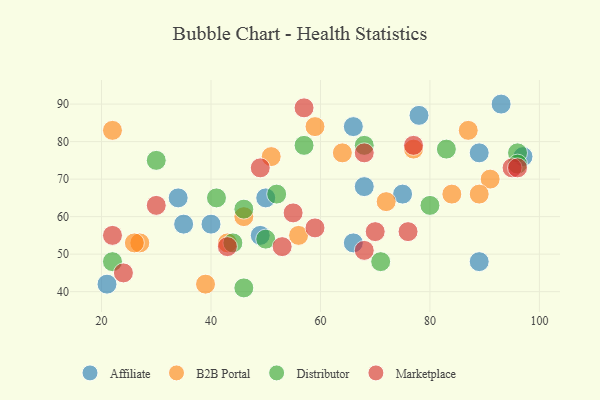
{"axis": {"x": "GDP", "y": "Life Expectancy"}, "legend": ["Affiliate", "B2B Portal", "Distributor", "Marketplace"], "data": [{"x": "93", "y": 90, "type": "Affiliate"}, {"x": "78", "y": 87, "type": "Affiliate"}, {"x": "68", "y": 68, "type": "Affiliate"}, {"x": "34", "y": 65, "type": "Affiliate"}, {"x": "35", "y": 58, "type": "Affiliate"}, {"x": "97", "y": 76, "type": "Affiliate"}, {"x": "89", "y": 48, "type": "Affiliate"}, {"x": "49", "y": 55, "type": "Affiliate"}, {"x": "66", "y": 53, "type": "Affiliate"}, {"x": "21", "y": 42, "type": "Affiliate"}, {"x": "89", "y": 77, "type": "Affiliate"}, {"x": "75", "y": 66, "type": "Affiliate"}, {"x": "66", "y": 84, "type": "Affiliate"}, {"x": "40", "y": 58, "type": "Affiliate"}, {"x": "50", "y": 65, "type": "Affiliate"}, {"x": "91", "y": 70, "type": "B2B Portal"}, {"x": "72", "y": 64, "type": "B2B Portal"}, {"x": "87", "y": 83, "type": "B2B Portal"}, {"x": "27", "y": 53, "type": "B2B Portal"}, {"x": "56", "y": 55, "type": "B2B Portal"}, {"x": "89", "y": 66, "type": "B2B Portal"}, {"x": "43", "y": 53, "type": "B2B Portal"}, {"x": "26", "y": 53, "type": "B2B Portal"}, {"x": "64", "y": 77, "type": "B2B Portal"}, {"x": "51", "y": 76, "type": "B2B Portal"}, {"x": "39", "y": 42, "type": "B2B Portal"}, {"x": "59", "y": 84, "type": "B2B Portal"}, {"x": "77", "y": 78, "type": "B2B Portal"}, {"x": "22", "y": 83, "type": "B2B Portal"}, {"x": "46", "y": 60, "type": "B2B Portal"}, {"x": "84", "y": 66, "type": "B2B Portal"}, {"x": "22", "y": 48, "type": "Distributor"}, {"x": "44", "y": 53, "type": "Distributor"}, {"x": "46", "y": 62, "type": "Distributor"}, {"x": "46", "y": 41, "type": "Distributor"}, {"x": "83", "y": 78, "type": "Distributor"}, {"x": "57", "y": 79, "type": "Distributor"}, {"x": "30", "y": 75, "type": "Distributor"}, {"x": "80", "y": 63, "type": "Distributor"}, {"x": "52", "y": 66, "type": "Distributor"}, {"x": "68", "y": 79, "type": "Distributor"}, {"x": "96", "y": 77, "type": "Distributor"}, {"x": "96", "y": 74, "type": "Distributor"}, {"x": "71", "y": 48, "type": "Distributor"}, {"x": "50", "y": 54, "type": "Distributor"}, {"x": "41", "y": 65, "type": "Distributor"}, {"x": "55", "y": 61, "type": "Marketplace"}, {"x": "95", "y": 73, "type": "Marketplace"}, {"x": "76", "y": 56, "type": "Marketplace"}, {"x": "49", "y": 73, "type": "Marketplace"}, {"x": "77", "y": 79, "type": "Marketplace"}, {"x": "30", "y": 63, "type": "Marketplace"}, {"x": "53", "y": 52, "type": "Marketplace"}, {"x": "59", "y": 57, "type": "Marketplace"}, {"x": "43", "y": 52, "type": "Marketplace"}, {"x": "96", "y": 73, "type": "Marketplace"}, {"x": "70", "y": 56, "type": "Marketplace"}, {"x": "57", "y": 89, "type": "Marketplace"}, {"x": "68", "y": 77, "type": "Marketplace"}, {"x": "68", "y": 51, "type": "Marketplace"}, {"x": "22", "y": 55, "type": "Marketplace"}, {"x": "24", "y": 45, "type": "Marketplace"}]}